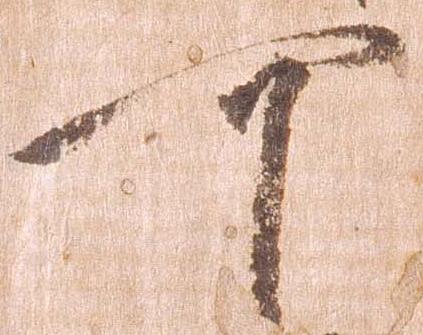
可